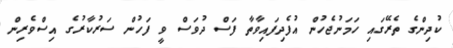
ކުދިންގެ ތެރޭގައި ހަމަނުޖެހުން އުފެދިފައިވާތާ ފަސް ދުވަސް ވީ ފަހުން ސަރުކާރުގެ އިސްވެރިން